Vaccination in the Punjab 1867-1880 - 1867-1880
Year: 1867
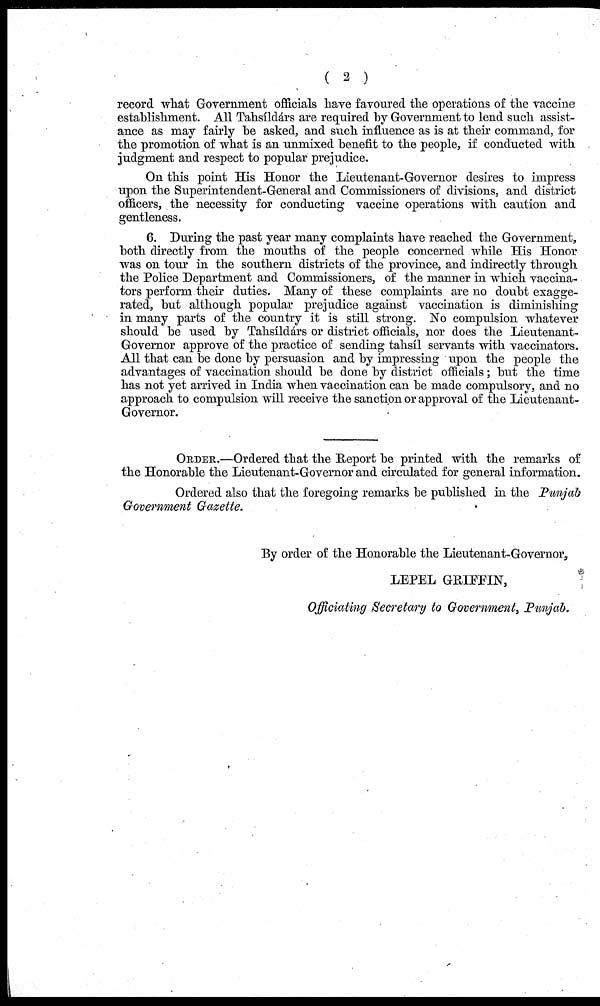
( 2 )
record what Government officials have favoured the operations of the vaccine
establishment. All Tahsíldárs are required by Government to lend such assist-
ance as may fairly be asked, and such influence as is at their command, for
the promotion of what is an unmixed benefit to the people, if conducted with
judgment and respect to popular prejudice.
On this point His Honor the Lieutenant-Governor desires to impress
upon the Superintendent-General and Commissioners of divisions, and district
officers, the necessity for conducting vaccine operations with caution and
gentleness.
6. During the past year many complaints have reached the Government,
both directly from the mouths of the people concerned while His Honor
was on tour in the southern districts of the province, and indirectly through
the Police Department and Commissioners, of the manner in which vaccina¬
tors perform their duties. Many of these complaints are no doubt exagge-
rated, but although popular prejudice against vaccination is diminishing
in many parts of the country it is still strong. No compulsion whatever
should be used by Tahsíldárs or district officials, nor does the Lieutenant¬
Governor approve of the practice of sending tahsíl servants with vaccinators.
All that can be done by persuasion and by impressing upon the people the
advantages of vaccination should be done by district officials; but the time
has not yet arrived in India when vaccination can be made compulsory, and no
approach to compulsion will receive the sanction or approval of the Lieutenant¬
Governor.
ORDER.—Ordered that the Report be printed with the remarks of
the Honorable the Lieutenant-Governor and circulated for general information.
Ordered also that the foregoing remarks be published in the Punjab
Government Gazette.
By order of the Honorable the Lieutenant-Governor,
LEPEL GRIFFIN,
Officiating Secretary to Government, Punjab.